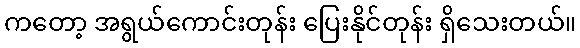
ကတော့ အရွယ်ကောင်းတုန်း ပြေးနိုင်တုန်း ရှိသေးတယ်။